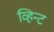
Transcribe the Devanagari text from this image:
व्हिन्ट